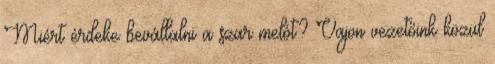
Miért érdeke bevállalni a szar melót? Vajon vezetőink közül